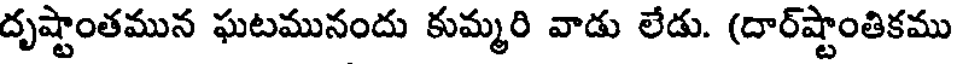
దృష్టాంతమున ఘటమునందు కుమ్మరి వాడు లేడు. (దార్ష్టాంతికము